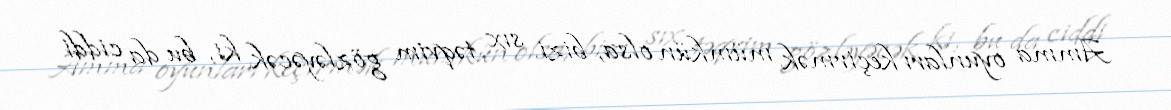
Amma oyunları keçirmək mümkün olsa, bizi sıx təqvim gözləyəcək ki, bu da ciddi